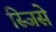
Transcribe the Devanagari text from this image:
स्जिसे